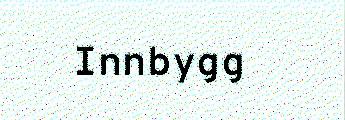
Innbygg